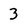
Character: 3